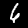
Label: 6